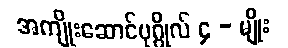
အကျိုးဆောင်ပုဂ္ဂိုလ် ၄ - မျိုး